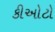
કીઓટો